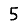
Digit: 5